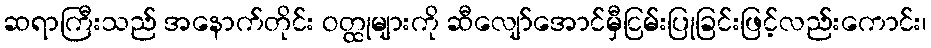
ဆရာကြီးသည် အနောက်တိုင်း ဝတ္ထုများကို ဆီလျော်အောင်မှီငြမ်းပြုခြင်းဖြင့်လည်းကောင်း၊